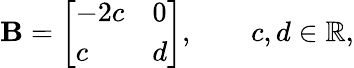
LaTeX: \mathbf{B}={\left[\begin{array}{ll}{-2c}&{0}\\ {c}&{d}\end{array}\right]},\qquad c,d\in\mathbb{R},